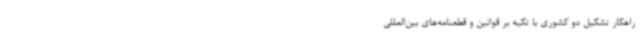
راهکار تشکیل دو کشوری با تکیه بر قوانین و قطعنامه‌های بین‌المللی